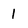
Character: 1